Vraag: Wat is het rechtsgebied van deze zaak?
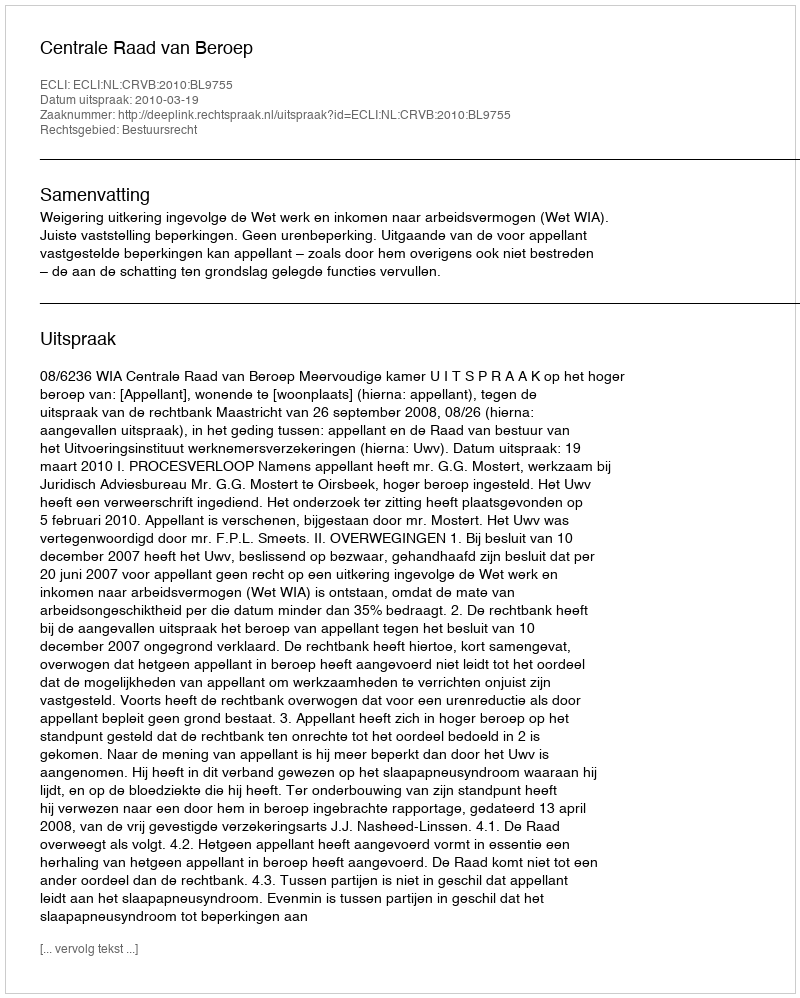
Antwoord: Bestuursrecht